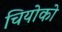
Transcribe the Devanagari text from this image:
चियोको